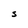
Character: s